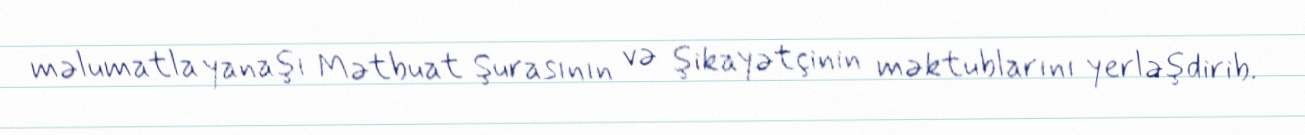
məlumatla yanaşı Mətbuat Şurasının və şikayətçinin məktublarını yerləşdirib.